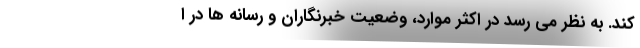
کند. به نظر می رسد در اکثر موارد، وضعیت خبرنگاران و رسانه ها در ا